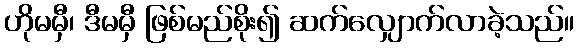
ဟိုမမှီ၊ ဒီမမှီ ဖြစ်မည်စိုး၍ ဆက်လျှောက်လာခဲ့သည်။